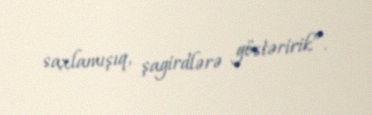
saxlamışıq, şagirdlərə göstəririk”.